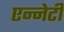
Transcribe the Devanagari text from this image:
एन्नेटी